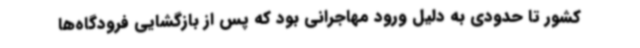
کشور تا حدودی به دلیل ورود مهاجرانی بود که پس از بازگشایی فرودگاه‌ها